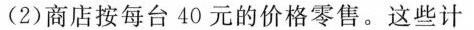
(2)商店按每台40元的价格零售。这些计